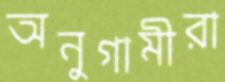
অনুগামীরা